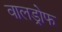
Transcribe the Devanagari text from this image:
वालड्रोफ